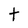
Character: t